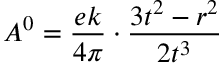
A ^ { 0 } = { \frac { e k } { 4 \pi } } \cdot { \frac { 3 t ^ { 2 } - r ^ { 2 } } { 2 t ^ { 3 } } }